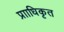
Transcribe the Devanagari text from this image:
प्रााधिकृत